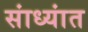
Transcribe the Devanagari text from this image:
सांध्यांत